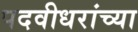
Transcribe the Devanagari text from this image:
पदवीधरांच्या